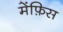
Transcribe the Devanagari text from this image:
मेंफ़िस